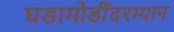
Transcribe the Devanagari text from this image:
घडामोडींदरम्यान